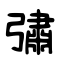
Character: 彇